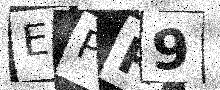
Text: EPR9